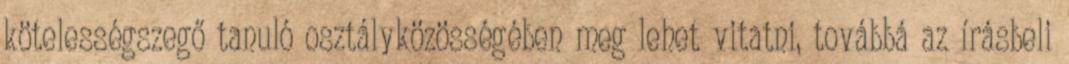
kötelességszegő tanuló osztályközösségében meg lehet vitatni, továbbá az írásbeli